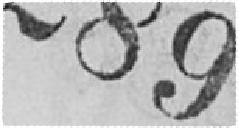
289